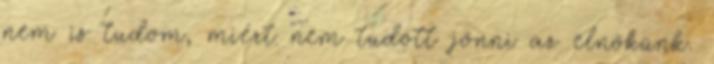
nem is tudom, miért nem tudott jönni az elnökünk.